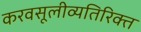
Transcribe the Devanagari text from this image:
करवसूलीव्यतिरिक्त